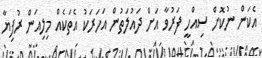
އެކަން ނުކޮށް ސިއްހީ ފަރުވާ އަށް ދައުލަތުން އަހަރަކު އެތަކެއް މިލިއަން ރުފިޔާ